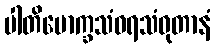
ပါတိမောက္ခသံဝရသံဝုတာနံ